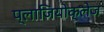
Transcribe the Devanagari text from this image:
प्लाजियोक्लेज